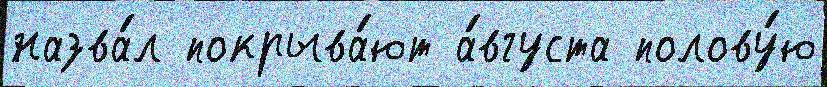
назва́л покрыва́ют а́вгуста полову́ю